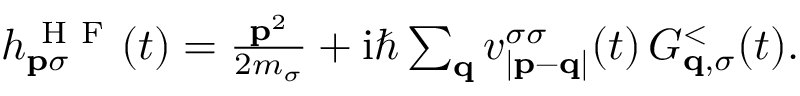
\begin{array} { r } { h _ { \mathbf { p } \sigma } ^ { \mathrm { ~ H ~ F ~ } } ( t ) = \frac { \mathbf { p } ^ { 2 } } { 2 m _ { \sigma } } + \mathrm { i } \hbar \sum _ { \mathbf { q } } v _ { | \mathbf { p } - \mathbf { q } | } ^ { \sigma \sigma } ( t ) \, G _ { \mathbf { q } , \sigma } ^ { < } ( t ) . } \end{array}